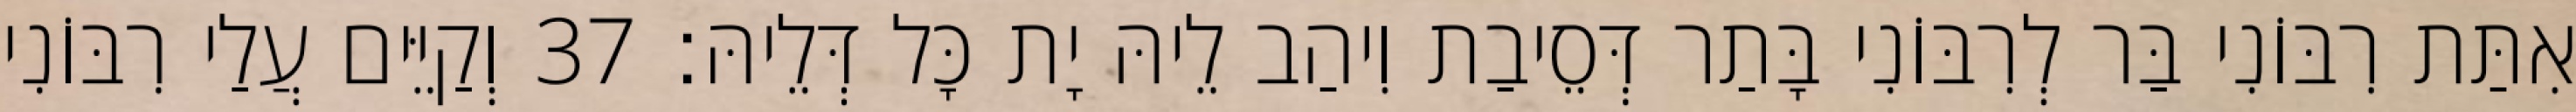
אִתַּת רִבּוֹנִי בַּר לְרִבּוֹנִי בָּתַר דְּסֵיבַת וִיהַב לֵיהּ יָת כָּל דְּלֵיהּ׃ 37 וְקַיֵּים עֲלַי רִבּוֹנִי